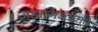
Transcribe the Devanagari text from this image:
जहागिरदारांचे